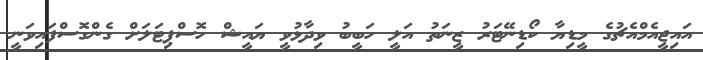
އައިޖީއެމްއެޗުގެ މީޑިޔާ ކޯޑިނޭޓަރު ޒީނަތު އަލީ ހަބީބު ވިދާޅުވީ ޔައީޝް ހޮސްޕިޓަލަށް ގެންގޮސްފައިވަނީ